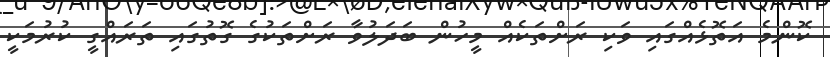
ކޮންމެ އަތޮޅެއްގައި ވަކި ރަށްތަކެއް މީހުން ބަދަލުވާ ރަށްތަކުގެ ގޮތުގައި ތަރައްގީ ކުރުމަކީ